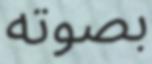
بصوته